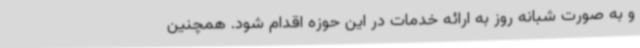
و به صورت شبانه روز به ارائه خدمات در این حوزه اقدام شود. همچنین